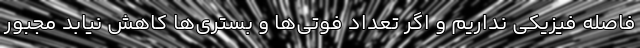
فاصله فیزیکی نداریم و اگر تعداد فوتی‌ها و بستری‌ها کاهش نیابد مجبور